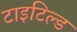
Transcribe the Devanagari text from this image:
टाइटिल्ड